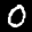
Label: 0